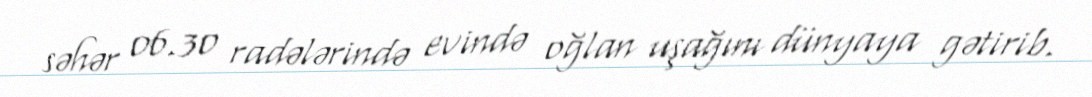
səhər 06.30 radələrində evində oğlan uşağını dünyaya gətirib.